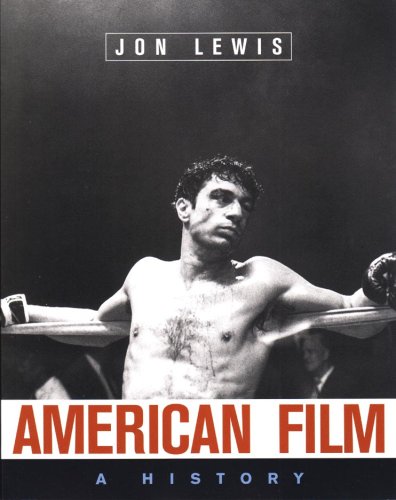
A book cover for American Film: A History; Jon Lewis; Humor & Entertainment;